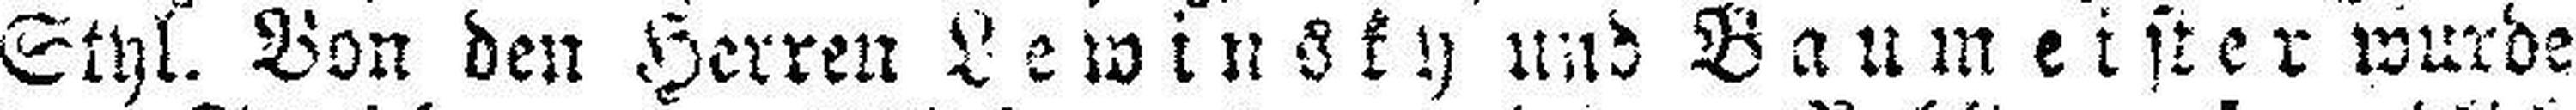
Styl. Von den Herren Lewinsky und Baumeister wurde